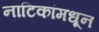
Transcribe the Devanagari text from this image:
नाटिकांमधून